Source: Computer-generated
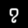
Digit: ၇ (7)